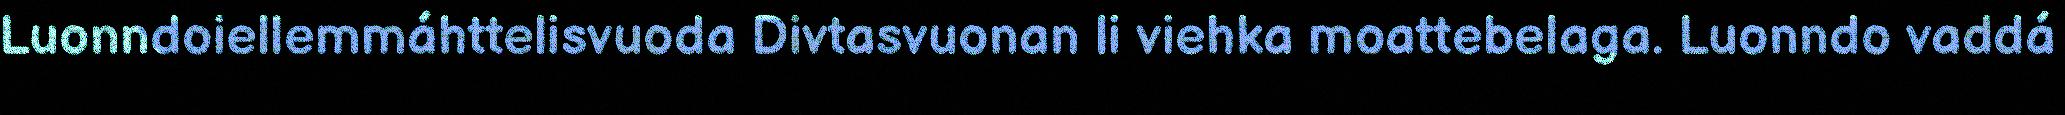
Luonndoiellemmáhttelisvuoda Divtasvuonan li viehka moattebelaga. Luonndo vaddá